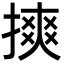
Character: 摤